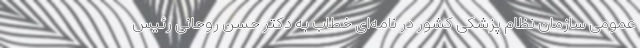
عمومی سازمان نظام پزشکی کشور در نامه‌‌ای خطاب به دکتر حسن روحانی رئیس